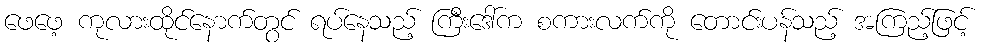
ဖေဖေ့ ကုလားထိုင်နောက်တွင် ရပ်နေသည့် ကြီးဒေါ်က စကားလက်ကို တောင်းပန်သည့် အကြည့်ဖြင့်